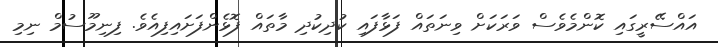
އައްސޭރީގައި ކޮންމެވެސް ވަރަކަށް ވިނަތައް ފަޅާފައި ކުދިކުދި މާތައް ފޮޅެންފަށައިފިއެވެ. ފިނިމޫސުމް ނިމި